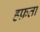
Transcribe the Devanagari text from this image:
हफ़ता